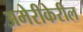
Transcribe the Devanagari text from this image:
अमेरीकेरील